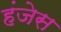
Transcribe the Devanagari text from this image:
हंजेस